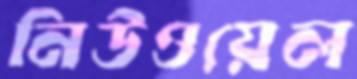
নিউওয়েল